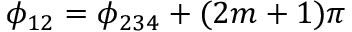
\phi _ { 1 2 } = \phi _ { 2 3 4 } + ( 2 m + 1 ) \pi